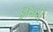
કોસતો